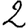
Digit: 2